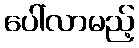
ပေါ်လာမည့်